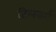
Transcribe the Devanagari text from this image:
टिलवर्ग